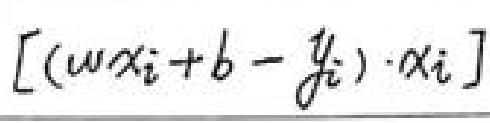
[ ( w x _ { i } + b - y _ { i } ) \cdot x _ { i } ]